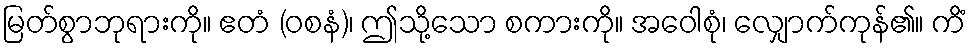
မြတ်စွာဘုရားကို။ ဧတံ (ဝစနံ)၊ ဤသို့သော စကားကို။ အဝေါစုံ၊ လျှောက်ကုန်၏။ ကိံ